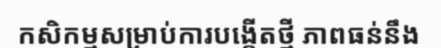
កសិកម្មសម្រាប់ការបង្កើតថ្មី ភាពធន់នឹង